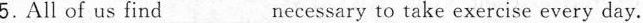
5.All of us find ___necessary to take exercise every day.